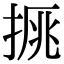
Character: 𢮉